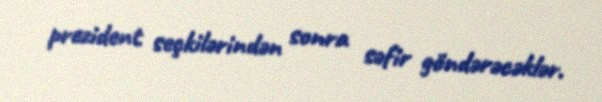
prezident seçkilərindən sonra səfir göndərəcəklər.